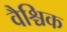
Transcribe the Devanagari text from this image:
वैश्चिक